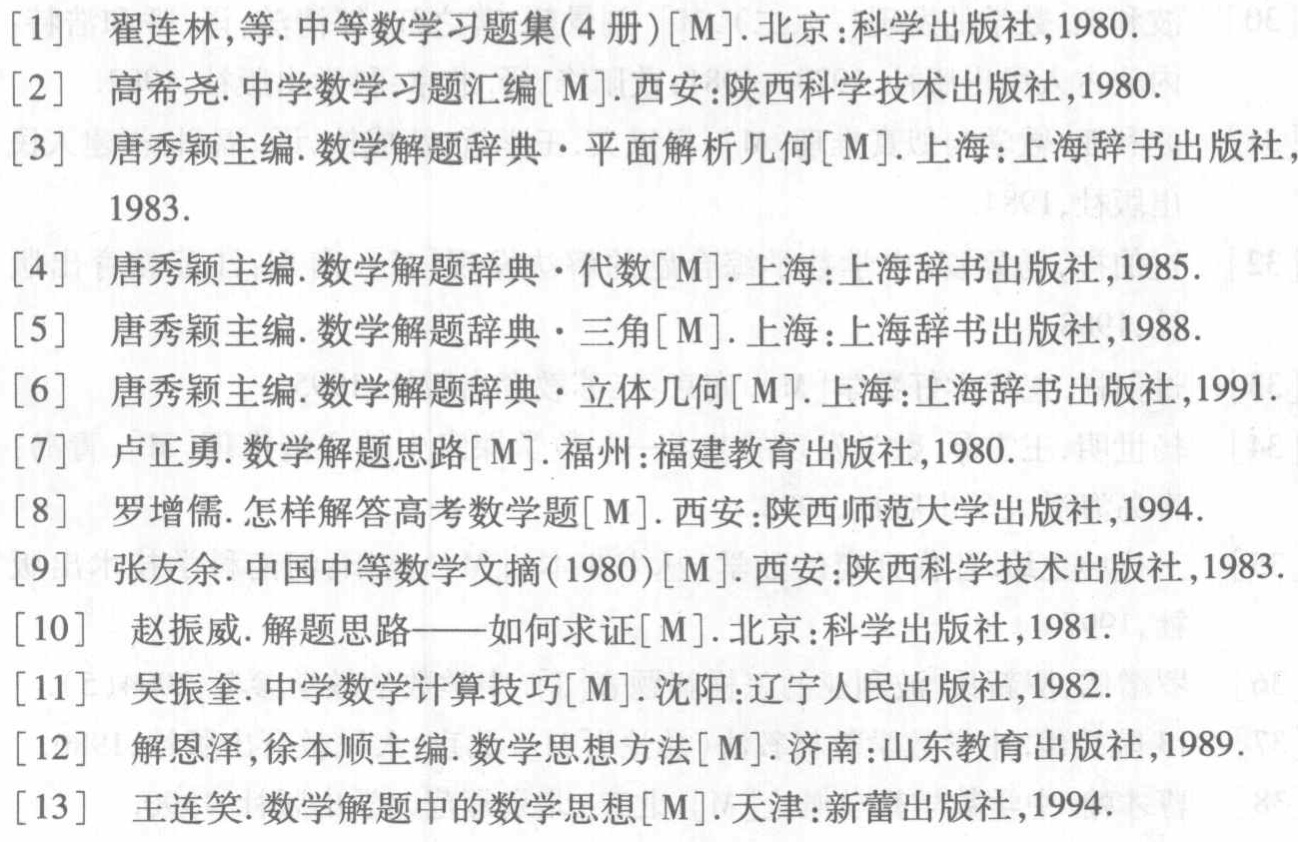
\begin{enumerate}

\item 翟连林,等.中等数学习题集(4册)[M].北京:科学出版社,1980.

\item 高希尧.中学数学习题汇编[M].西安:陕西科学技术出版社,1980.

\item 唐秀颖主编.数学解题辞典·平面解析几何[M].上海:上海辞书出版社,1983.

\item 唐秀颖主编.数学解题辞典·代数[M].上海:上海辞书出版社,1985.

\item 唐秀颖主编.数学解题辞典·三角[M].上海:上海辞书出版社,1988.

\item 唐秀颖主编.数学解题辞典·立体几何[M].上海:上海辞书出版社,1991.

\item 卢正勇.数学解题思路[M].福州:福建教育出版社,1980.

\item 罗增儒.怎样解答高考数学题[M].西安:陕西师范大学出版社,1994.

\item 张友余.中国中等数学文摘(1980)[M].西安:陕西科学技术出版社,1983.

\item 赵振威.解题思路——如何求证[M].北京:科学出版社,1981.

\item 吴振奎.中学数学计算技巧[M].沈阳:辽宁人民出版社,1982.

\item 解恩泽,徐本顺主编.数学思想方法[M].济南:山东教育出版社,1989.

\item 王连笑.数学解题中的数学思想[M].天津:新蕾出版社,1994.

\end{enumerate}